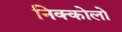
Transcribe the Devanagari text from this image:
निक्कोलो